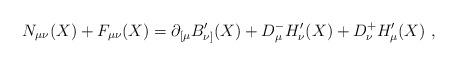
LaTeX: \begin{align*}N_{\mu\nu}(X)+F_{\mu\nu}(X)=\partial_{[\mu}B'_{\nu]}(X)+D_\mu^- H'_\nu(X) +D_\nu^+ H'_\mu(X)\ ,\end{align*}